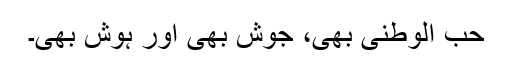
حب الوطنی بھی، جوش بھی اور ہوش بھی۔